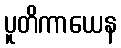
ပူတိကာယေန